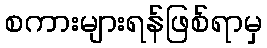
စကားများရန်ဖြစ်ရာမှ